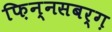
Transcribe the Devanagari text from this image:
फ़िन्नसबर्ग़